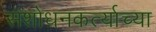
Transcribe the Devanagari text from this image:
संशोधनकर्त्याच्या